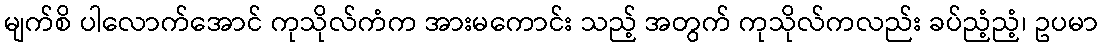
မျက်စိ ပါလောက်အောင် ကုသိုလ်ကံက အားမကောင်း သည့် အတွက် ကုသိုလ်ကလည်း ခပ်ညံ့ညံ့၊ ဥပမာ